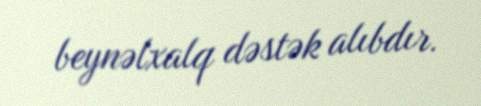
beynəlxalq dəstək alıbdır.